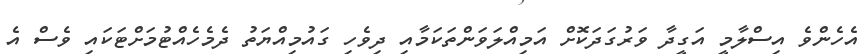
އެހެންވެ އިސްލާމީ އަގީދާ ވަރުގަދަކޮށް އަމިއްލަވަންތަކަމާއި ދިވެހި ގައުމިއްޔަތު ދެމެހެއްޓުމަށްޓަކައި ވެސް އެ